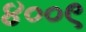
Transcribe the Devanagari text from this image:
४००९